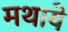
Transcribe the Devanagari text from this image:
मथाये